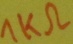
Text: 1KΩ